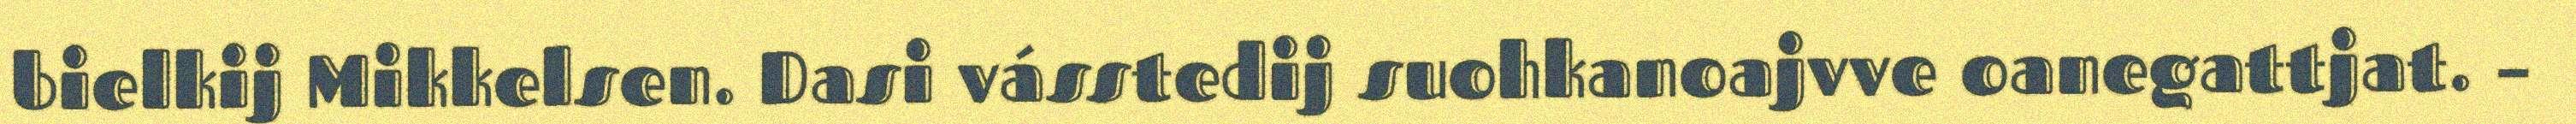
bielkij Mikkelsen. Dasi vásstedij suohkanoajvve oanegattjat. –